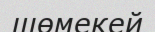
шөмекей